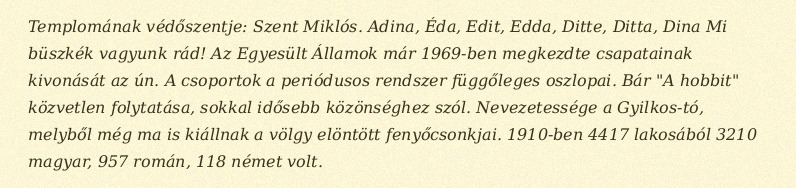
Templomának védőszentje: Szent Miklós. Adina, Éda, Edit, Edda, Ditte, Ditta, Dina Mi büszkék vagyunk rád! Az Egyesült Államok már 1969-ben megkezdte csapatainak kivonását az ún. A csoportok a periódusos rendszer függőleges oszlopai. Bár "A hobbit" közvetlen folytatása, sokkal idősebb közönséghez szól. Nevezetessége a Gyilkos-tó, melyből még ma is kiállnak a völgy elöntött fenyőcsonkjai. 1910-ben 4417 lakosából 3210 magyar, 957 román, 118 német volt.